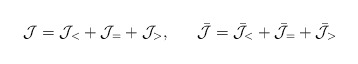
\begin{align*}{\cal J}={\cal J}_<+{\cal J}_=+{\cal J}_>,~~~~~\bar{\cal J}=\bar{\cal J}_< +\bar{\cal J}_=+\bar{\cal J}_>\end{align*}